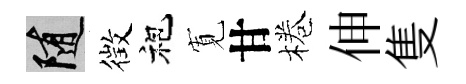
隨徴袍𡩖甘棬伸隻